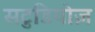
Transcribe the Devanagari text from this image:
सटुडियोज़